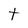
Character: t